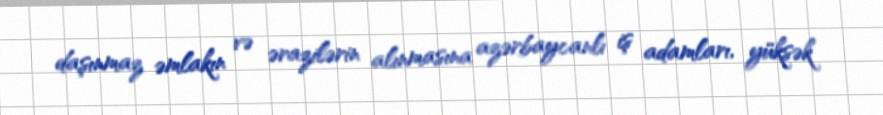
daşınmaz əmlakın və ərazilərin alınmasına azərbaycanlı iş adamları, yüksək